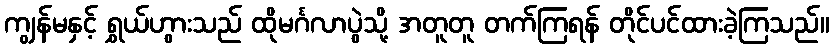
ကျွန်မနှင့် ရွှယ်ဟွားသည် ထိုမင်္ဂလာပွဲသို့ အတူတူ တက်ကြရန် တိုင်ပင်ထားခဲ့ကြသည်။